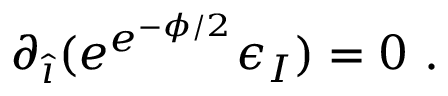
\partial _ { \hat { \imath } } ( e ^ { e ^ { - \phi / 2 } } \epsilon _ { I } ) = 0 \ .